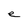
Character: e